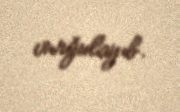
vurğulayıb.